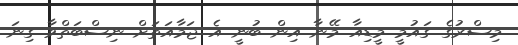
މިސްރުގެ ގައުމީ މީޑިއާ މޭނާ އިން ބުނީ އެ ޖަމާއަތަށް ނިސްބަތްވާ ގިނަ